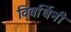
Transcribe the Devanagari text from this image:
विवर्धिनी